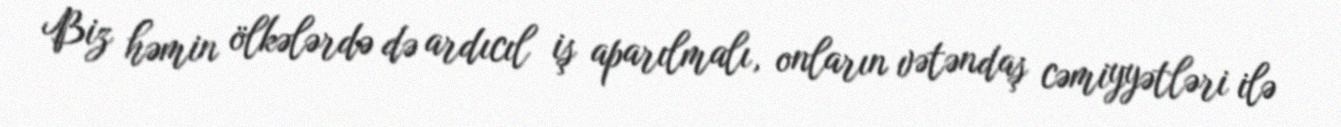
Biz həmin ölkələrdə də ardıcıl iş aparılmalı, onların vətəndaş cəmiyyətləri ilə